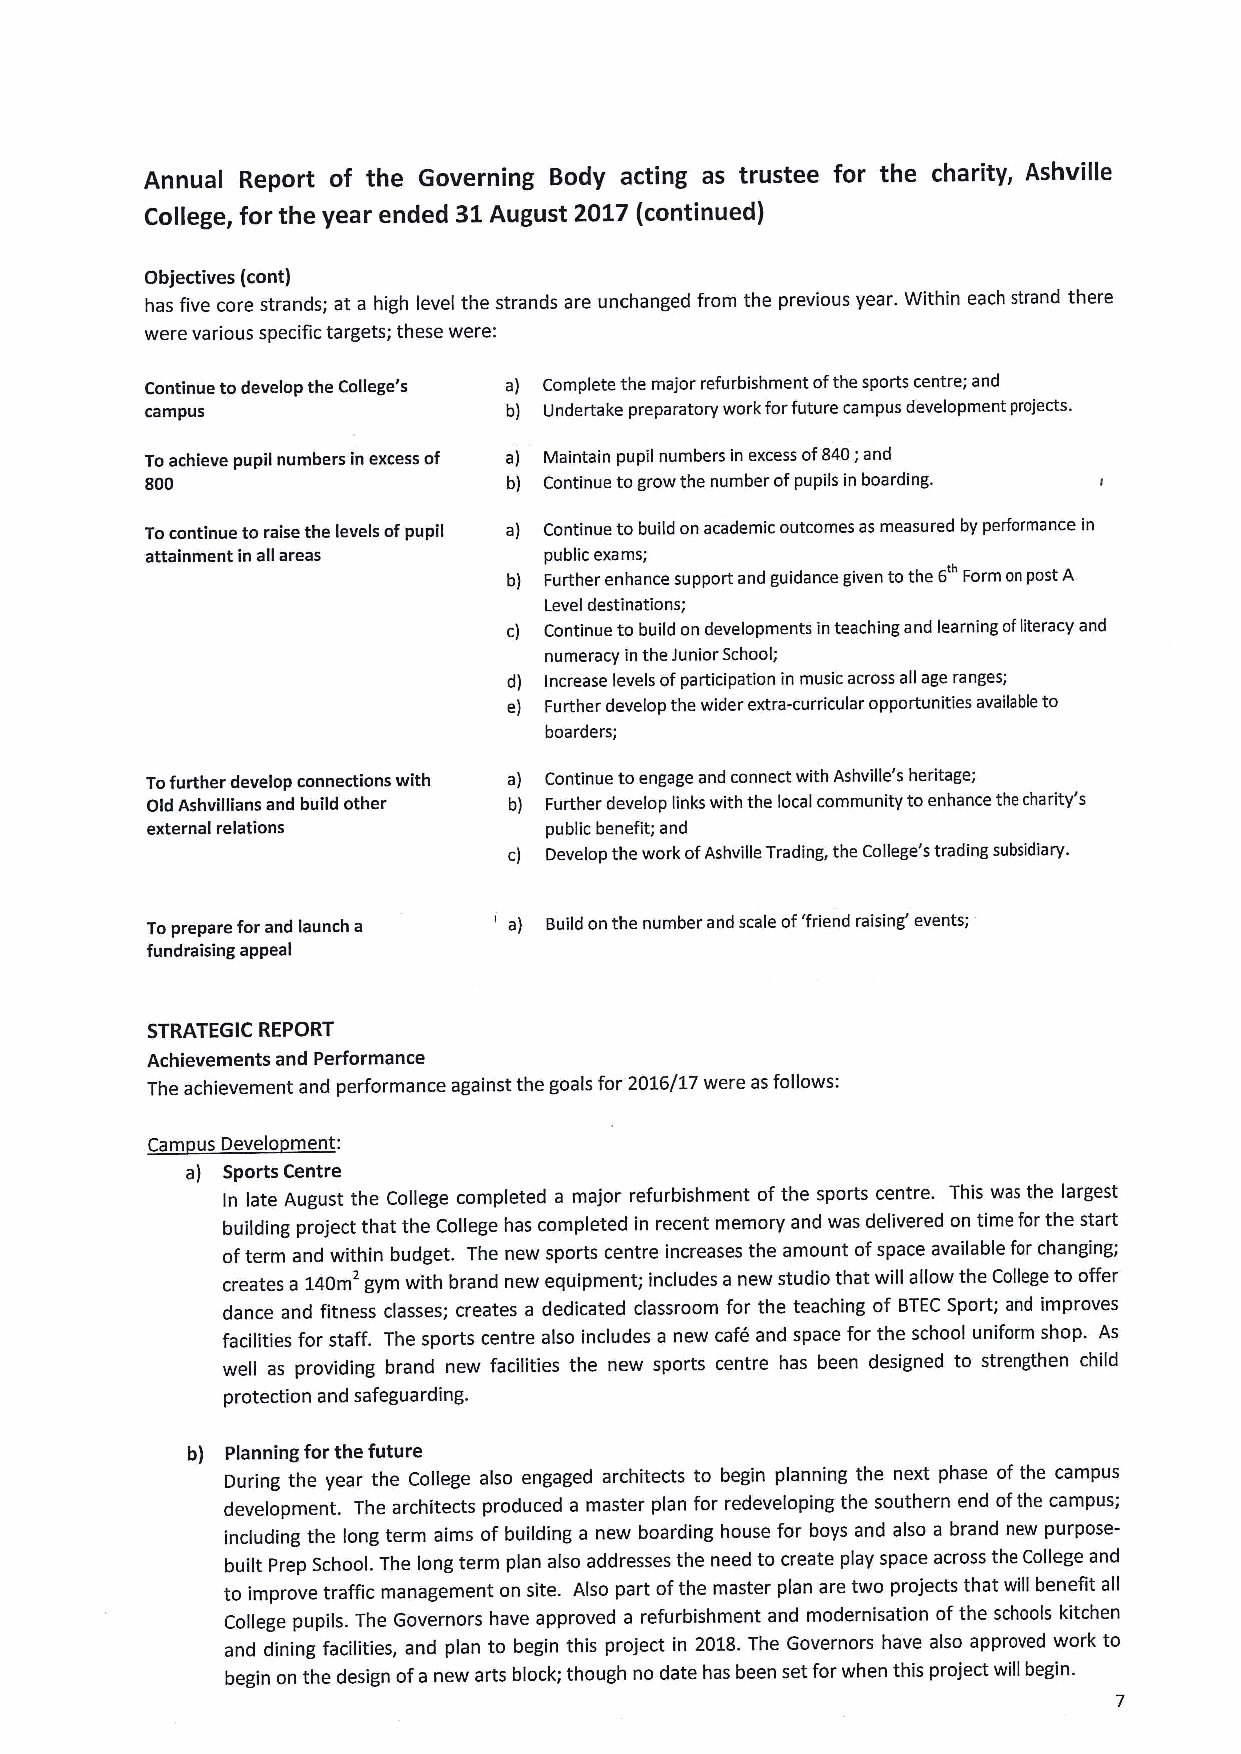
Annual Report of the Governing Body acting as trustee for the charity, Ashville
 College, for the year ended 31August 2017 (continued)
 Objectives (cont}
 has five core strands; at a high level the strands are unchanged from the previous year. Within each strand there
 were various specific targets; these were:
 Continue todevelop the College's a) Complete the major refurbishment ofthe sports centre; and
 campus                  b) Undertake preparatory work forfuture campus development projects.
 Toachieve pupil numbers in excess of a) Maintain pupil numbers in excess of840;and
 800                     b) Continue togrow the number ofpupils in boarding.
 Tocontinue to raise the levels ofpupil a) Continue to build on academic outcomes as measured by performance in
 attainment in all areas   public exams;
 b) Further enhance support and guidance given tothe 6' Form on post A
 Level destinations;
 c) Continue to build on developments inteaching and learning ofliteracy and
 numeracy in the Junior School;
 d) Increase levels ofparticipation in music across all age ranges;
 e) Further develop the wider extra-curricular opportunities available to
 boarders;
 Tofurther develop connections with a) Continue toengage and connect with Ashville's heritage;
 Old Ashvillians and build other b) Further develop links with the local community toenhance the charity's
 external relations        public benefit; and
 c) Develop the work ofAshville Trading, the College's trading subsidiary.
 Toprepare for and launch a ' a) Build on the number and scale of'friend raising' events;
 fundraising appeal
 STRATEGIC REPORT
 Achievements and Performance
 The achievement and performance against the goals for 2016/17 were as follows:
 Cam us Develo ment:
 a} Sports Centre
 ln late August the College completed a major refurbishment ofthe sports centre. This was the largest
 building project that the College has completed in recent memory and was delivered on time for the start
 ofterm and within budget. The new sports centre increases the amount ofspace available for changing;
 creates a 140m gym with brand new equipment; includes a new studio that will allow the College to offer
 dance and fitness classes; creates a dedicated classroom for the teaching of BTECSport; and improves
 facilities for staff. The sports centre also includes a new cafe and space for the school uniform shop. As
 well as providing brand new facilities the new sports centre has been designed to strengthen child
 protection and safeguarding.
 b} Planning for the future
 During the year the College also engaged architects to begin planning the next phase of the campus
 development. The architects produced a master plan for redeveloping the southern end ofthe campus;
 including the long term aims of building a new boarding house for boys and also a brand new purpose-
 built Prep School. The long term plan also addresses the need to create play space across the College and
 to improve traffic management on site. Also part ofthe master plan are two projects that will benefit all
 College pupils. The Governors have approved a refurbishment and modernisation ofthe schools kitchen
 and dining facilities, and plan to begin this project in 2018.The Governors have also approved work to
 begin on the design ofa new arts block; though no date has been set for when this project will begin.